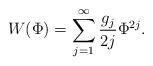
LaTeX: \begin{align*}W(\Phi)=\sum_{j=1}^{\infty}\frac{g_{j}}{2j}\Phi^{2j}.\end{align*}